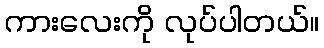
ကားလေးကို လုပ်ပါတယ်။